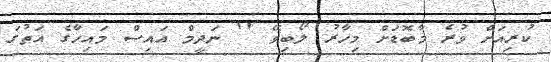
ކުރިއަށް ވުރެ މާބޮޑަށް މިހާރު ލޯބިވޭ '' ނަދީމް އައިސް މައިހާގެ އަތުގަ